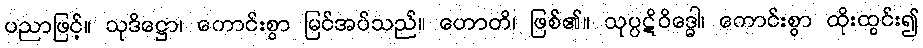
ပညာဖြင့်။ သုဒိဋ္ဌော၊ ကောင်းစွာ မြင်အပ်သည်။ ဟောတိ၊ ဖြစ်၏။ သုပ္ပဋိဝိဒ္ဓေါ၊ ကောင်းစွာ ထိုးထွင်း၍